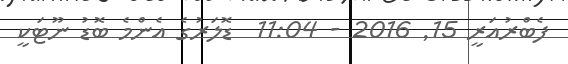
ފެބްރުއަރީ 15